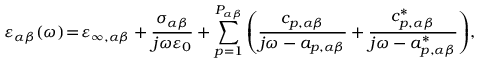
\varepsilon _ { \alpha \beta } ( \omega ) \! = \! \varepsilon _ { \infty , \alpha \beta } + \frac { \sigma _ { \alpha \beta } } { j \omega \varepsilon _ { 0 } } + \sum _ { p = 1 } ^ { P _ { \alpha \beta } } \left( \frac { c _ { p , \alpha \beta } } { j \omega - a _ { p , \alpha \beta } } + \frac { c _ { p , \alpha \beta } ^ { * } } { j \omega - a _ { p , \alpha \beta } ^ { * } } \right) \! ,